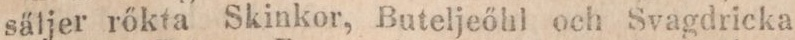
säljer rőkta Skinkor, Buteljeőhl och Svagdricka